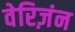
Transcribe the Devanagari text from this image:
वेरिज़ंन